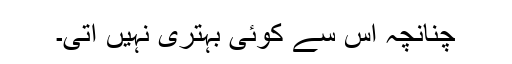
چنانچہ اس سے کوئی بہتری نہیں آتی۔